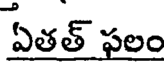
ఏతత్ ఫలం